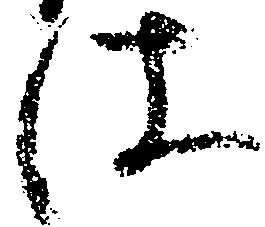
仕